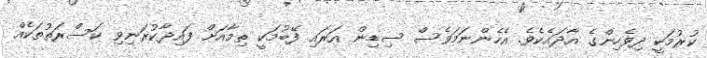
ކުރުމަކީ ދިވެހިންގެ އާދައެކެވެ. އެހެންނަމަވެސް ސިޑިން އަރައި ފޭބުމަކީ ތިމާއަށް ފައިދާކުރަނިވި ކަސްރަތުތަކެއް